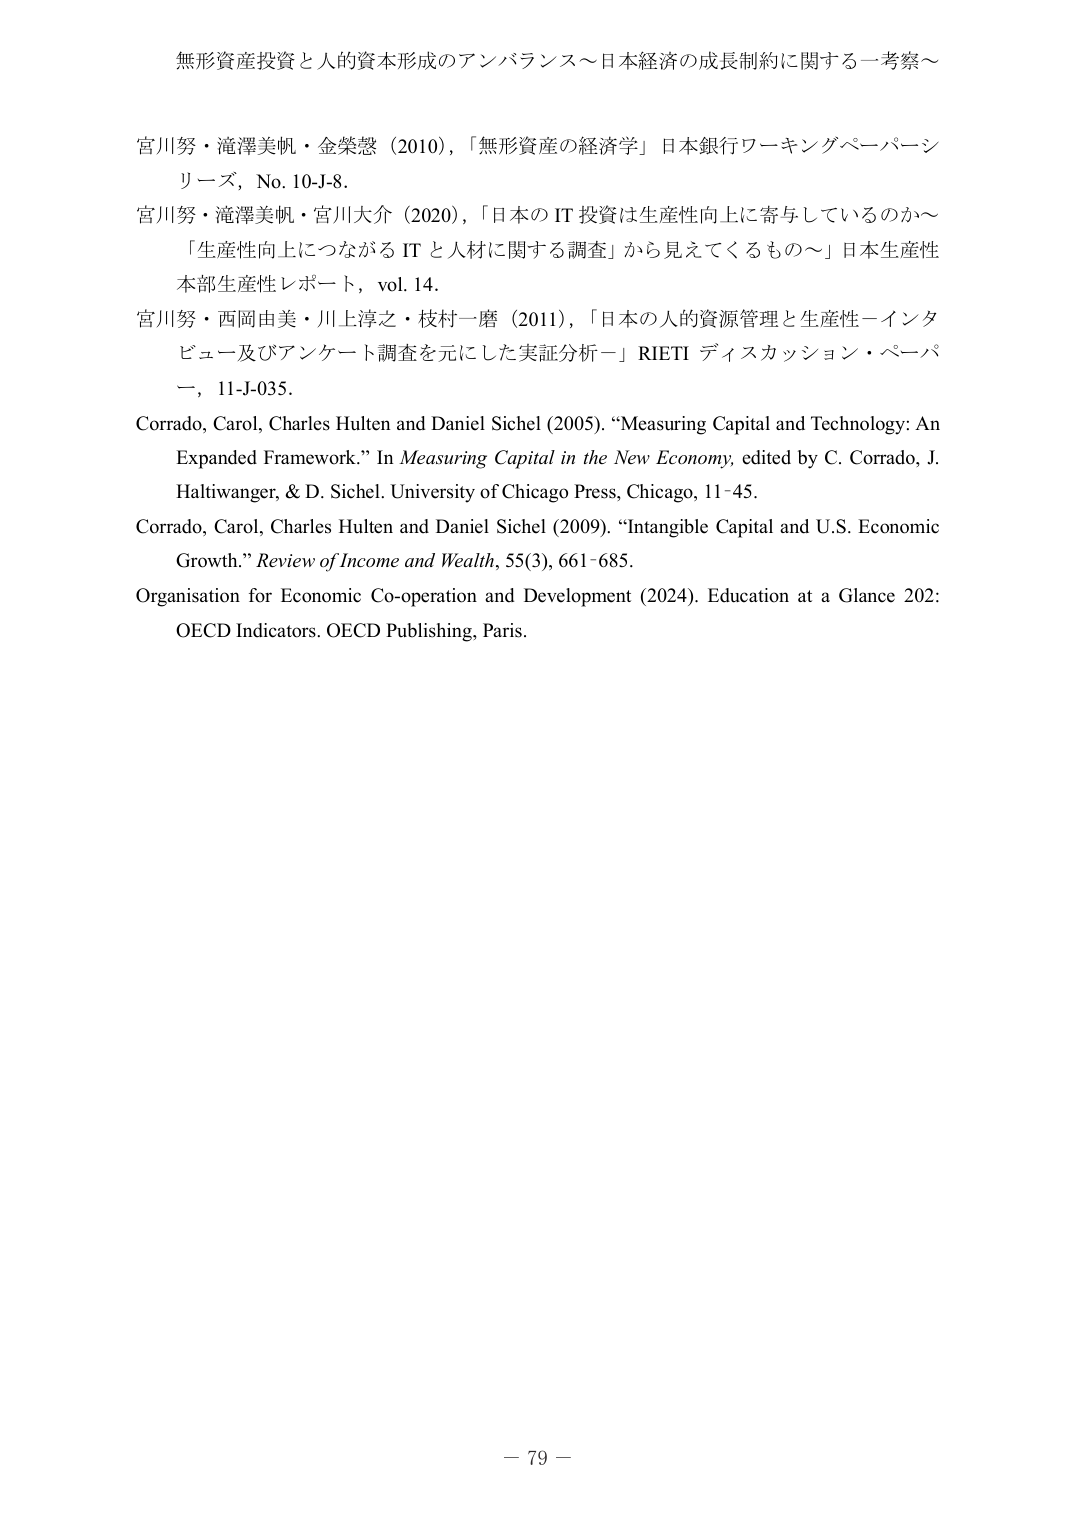
無形資産投資と人的資本形成のアンバランス～日本経済の成長制約に関する一考察～

宮川努・滝澤美帆・金榮懸（2010），「無形資産の経済学」日本銀行ワーキングペーパーシリーズ，No. 10-J-8.

宮川努・滝澤美帆・宮川大介（2020），「日本の IT 投資は生産性向上に寄与しているのか～「生産性向上につながる IT と人材に関する調査」から見えてくるもの～」日本生産性本部生産性レポート，vol. 14.

宮川努・西岡由美・川上淳之・枝村一磨（2011），「日本の人的資源管理と生産性－インタビュー及びアンケート調査を元にした実証分析－」RIETI ディスカッション・ペーパー，11-J-035.

Corrado, Carol, Charles Hulten and Daniel Sichel (2005). “Measuring Capital and Technology: An Expanded Framework.” In Measuring Capital in the New Economy, edited by C. Corrado, J. Haltiwanger, & D. Sichel. University of Chicago Press, Chicago, 11-45.

Corrado, Carol, Charles Hulten and Daniel Sichel (2009). “Intangible Capital and U.S. Economic Growth.” Review of Income and Wealth, 55(3), 661-685.

Organisation for Economic Co-operation and Development (2024). Education at a Glance 202: OECD Indicators. OECD Publishing, Paris.

－ 79 －